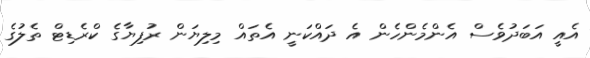
އެއީ އަބަދުވެސް އެންމެންހެން އެ ދައްކަނީ އެތައް މިލިޔަން ރުފިޔާގެ ކްރެޑިޓް ތެލުގެ